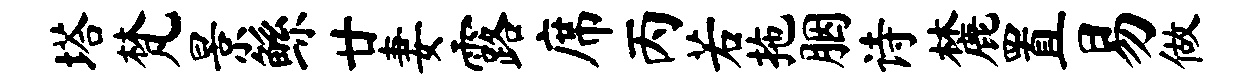
塔梵景鲧廿妻露席丙若拖胭诗麓置易做